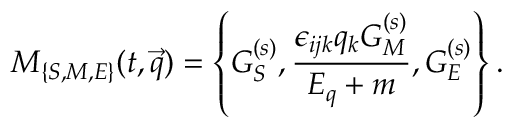
M _ { \{ S , M , E \} } ( t , \vec { q } ) = \left\{ G _ { S } ^ { ( s ) } , \frac { \epsilon _ { i j k } q _ { k } G _ { M } ^ { ( s ) } } { E _ { q } + m } , G _ { E } ^ { ( s ) } \right\} .